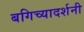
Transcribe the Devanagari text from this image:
बगिच्यादर्शनी